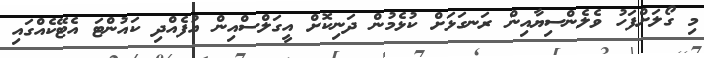
މި ގޯލަށްފަހު ވެލެންސިޔާއިން ރަނގަޅަށް ކުޅެމުން ދަނިކޮށް އީގަލްސްއިން އުފެއްދި ކައުންޓަ އެޓޭކެއްގައި